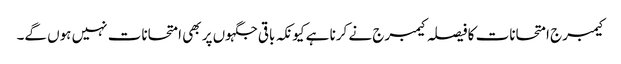
کیمبرج امتحانات کا فیصلہ کیمبرج نے کرنا ہے کیونکہ باقی جگہوں پر بھی امتحانات نہیں ہوں گے۔